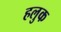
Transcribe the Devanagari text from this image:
हलुक